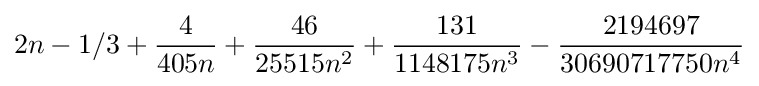
2n-1/3+{\frac {4}{405n}}+{\frac {46}{25515n^{2}}}+{\frac {131}{1148175n^{3}}}-{\frac {2194697}{30690717750n^{4}}}